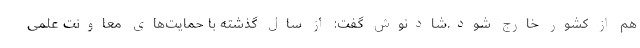
هم از كشور خارج شود.شادنوش گفت: از سال گذشته با حمایت‌های معاونت علمی